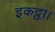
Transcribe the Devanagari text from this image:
इकट्ठा।